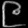
Digit: ၉